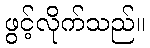
ဖွင့်လိုက်သည်။